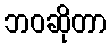
ဘဝဆိုတာ